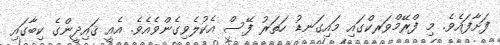
ފަށާފައެވެ. މި ފްރޭމްވަރކްގައި މައިގަނޑު ހަތަރު ފޭސް އެކުލެވިގެންވެއެވެ. އެއީ ޤައިދީންގެ ކިބާގައި